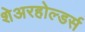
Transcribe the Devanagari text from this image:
शेअरहोल्डर्स